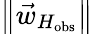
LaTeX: \left\Vert\vec{w}_{H_{\mathrm{obs}}}\right\Vert